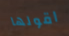
اقولها